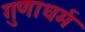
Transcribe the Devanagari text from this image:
गुणाधर्म